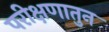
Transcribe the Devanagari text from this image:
परीक्षणातुन